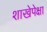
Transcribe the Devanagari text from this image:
शाखेपेक्षा